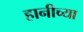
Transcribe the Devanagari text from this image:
हानीच्या